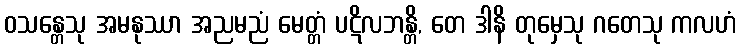
ဝသန္တေသု အမနုဿာ အညမညံ မေတ္တံ ပဋိလဘန္တိ, တေ ဒါနိ တုမှေသု ဂတေသု ကလဟံ